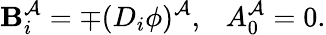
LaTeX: \mathbf{B}_{i}^{\mathcal{A}}=\mp(D_{i}\phi)^{\mathcal{A}},\ \ \ A_{0}^{\mathcal{A}}=0.